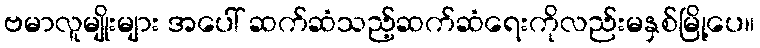
ဗမာလူမျိုးများ အပေါ် ဆက်ဆံသည့်ဆက်ဆံရေးကိုလည်းမနှစ်မြို့ပေ။